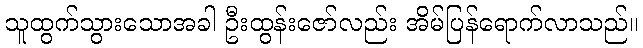
သူထွက်သွားသောအခါ ဦးထွန်းဇော်လည်း အိမ်ပြန်ရောက်လာသည်။